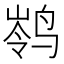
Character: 𮹗